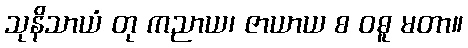
သုနိသာယံ တု ကညာယ၊ ဇာယာယ စ ဝဓူ မတာ။